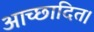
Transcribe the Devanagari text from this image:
आच्छादित।